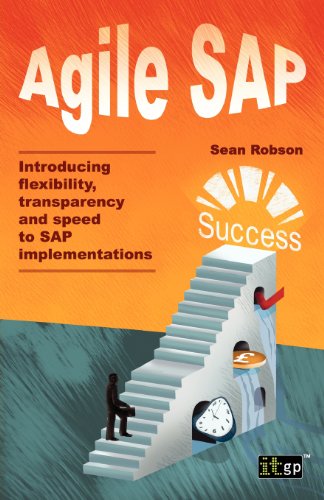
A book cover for Agile SAP: Introducing flexibility, transparency and speed to SAP implementations; Sean Robson; Computers & Technology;